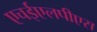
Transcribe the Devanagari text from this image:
एचईएलपीएस